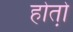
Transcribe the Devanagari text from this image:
होतो़